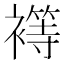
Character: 𮖴